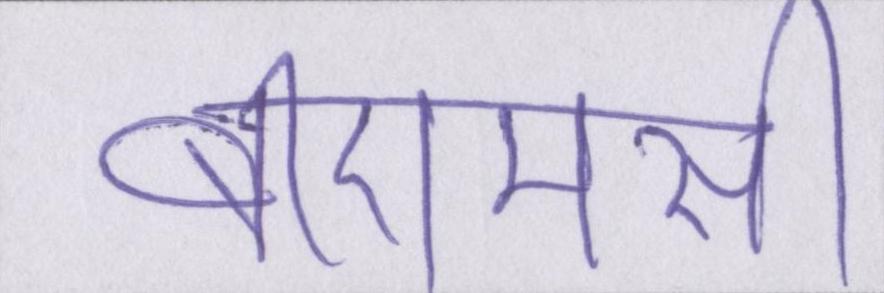
बीएमसी